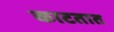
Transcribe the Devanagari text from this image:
काटतात